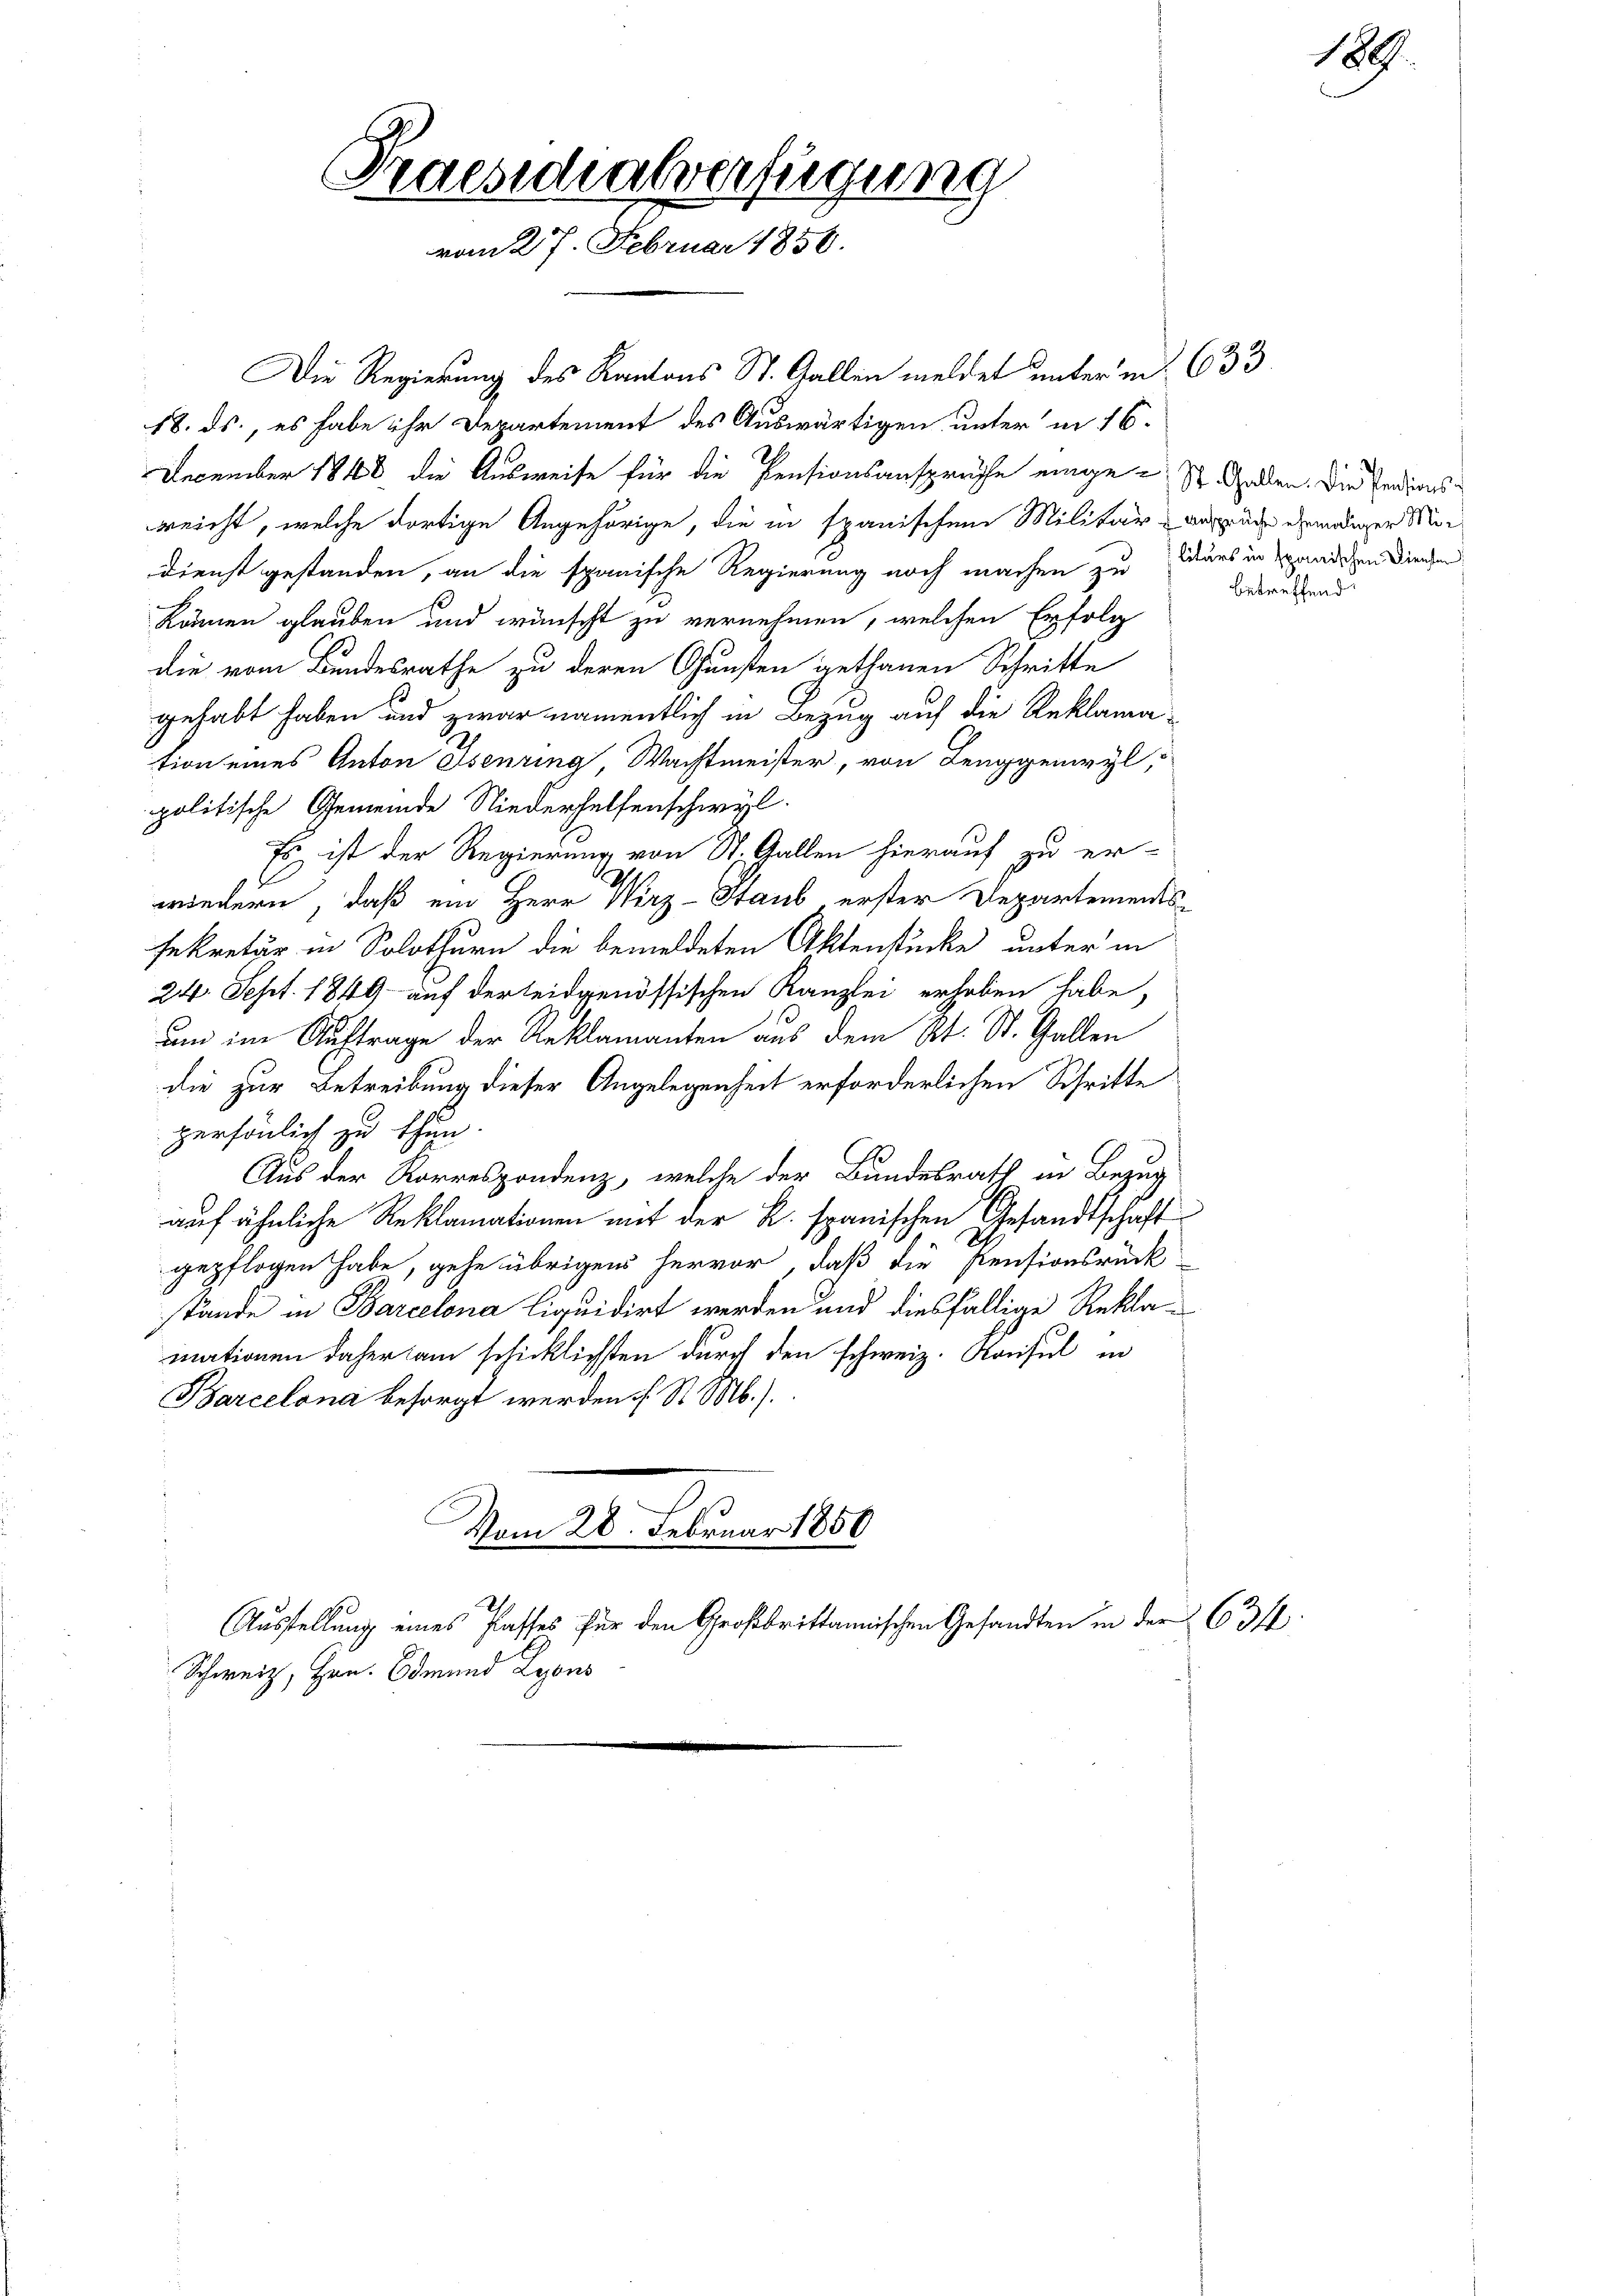
Die Regierung des Kantons St. Gallen meldet unter m. 633.
18. ds., es habe ihr Departement des Auswärtigen unter in 16.
December 1848 die Ausweise für die Pensionsansprüche einge-St. Gallen. Die Indiasreicht, welche dortige Angehörige, die in spanischen Militärverzeug geendiger Mi¬
Dienst gestanden, an die spanische Regierung noch machen zu Wärs in Handschen diesen
können glauben und wünscht zu vernehmen, welchen Erfolg
die vom Bundesrathe zu deren Gunsten gethanen Schritte
gehabt haben und zwar namentlich in Bezug auf die Reklamation eines Anton Esenring, Wachtmeister, von Lenggenwyl,
politische Gemeinde Niederhelfenschwyl
Es ist der Regierung von St. Gallen hierauf zu er-
b
wiedern, daß ein Herr Wirz-Staub erster Departements-
sekretär in Solothurn die bemeldeten Aktenstücke unter in
24. Sept. 1849 auf der leidgenössischen Kanzlei erhoben habe,
um im Auftrage der Reklamanten aus dem Rt. St. Gallen
die zur Betreibung dieser Angelegenheit erforderlichen Schritte
persönlich zu thun.
Aus der Korrespondenz, welche der Bundesrath in Bezug
d
auf ähnliche Reklamationen mit der K. spanischen Gesandtschaft
gepflogen habe, gehe übrigens hervor, daß die Pensionsrück
stände in Barcelona liquidirt werden und diesfällige Reklamationen daher am schicklichsten durch den schweiz. Konsul in
Barcelona besorgt werden St. Mb.).
Vom 28. Februar 1850
Ausstellung eines Passes für den Großbrittannischen Gesandten in der 63 ff.

Praesidialverfügung
vom 27. Februar 1850.

Schweiz, Hrn. Odmund Lyons

betreffend

189